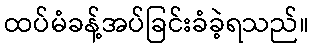
ထပ်မံခန့်အပ်ခြင်းခံခဲ့ရသည်။